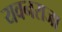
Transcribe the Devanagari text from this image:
यवनराजा